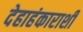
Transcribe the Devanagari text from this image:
देहाहंकाराशी